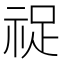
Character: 𬒺